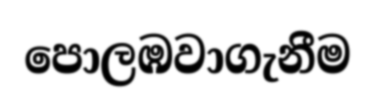
පොලඹවාගැනීම